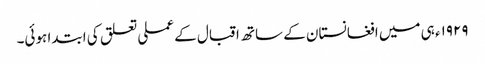
١٩٢٩ء ہی میں افغانستان کے ساتھ اقبال کے عملی تعلق کی ابتدا ہوئی۔